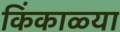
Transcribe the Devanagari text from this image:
किंकाळ्या